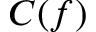
C ( f )